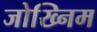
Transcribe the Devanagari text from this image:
जोख्निम